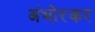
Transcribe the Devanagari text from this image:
अंभोरकर